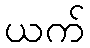
ယက်